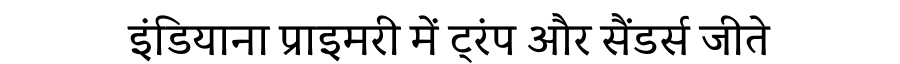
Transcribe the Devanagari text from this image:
इंडियाना प्राइमरी में ट्रंप और सैंडर्स जीते